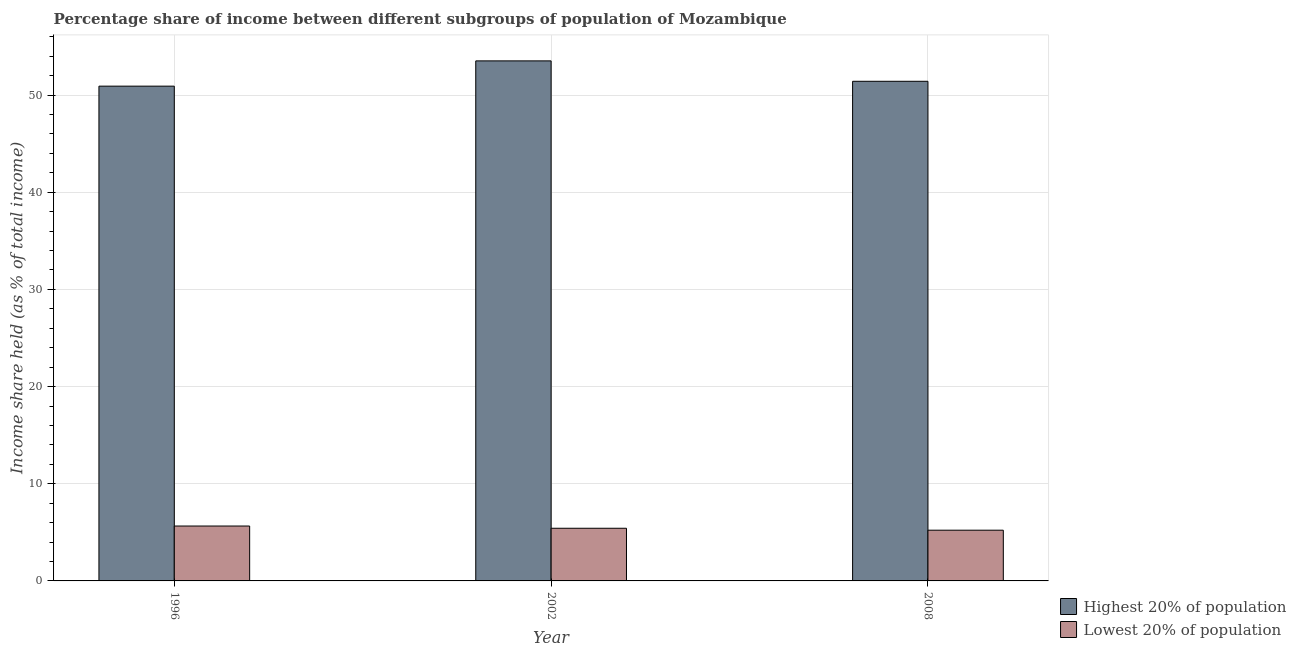
| Year | Highest 20% of population | Lowest 20% of population |
 | --- | --- | --- |
 | 1996 | 50.9 | 5.65 |
 | 2002 | 53.5 | 5.42 |
 | 2008 | 51.4 | 5.22 |